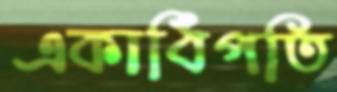
একাধিপতি